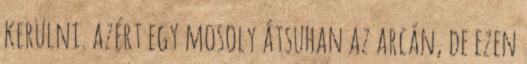
kerülni. azért egy mosoly átsuhan az arcán, de ezen